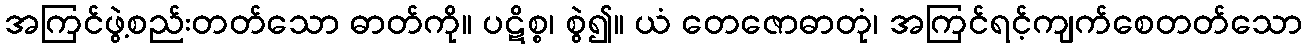
အကြင်ဖွဲ့စည်းတတ်သော ဓာတ်ကို။ ပဋိစ္စ၊ စွဲ၍။ ယံ တေဇောဓာတုံ၊ အကြင်ရင့်ကျက်စေတတ်သော